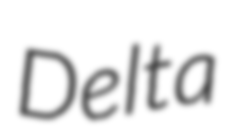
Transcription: Delta